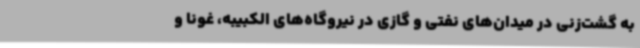
به گشت‌زنی در میدان‌های نفتی و گازی در نیروگاه‌های الکبیبه، غونا و